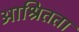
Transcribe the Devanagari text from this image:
आश्रितता